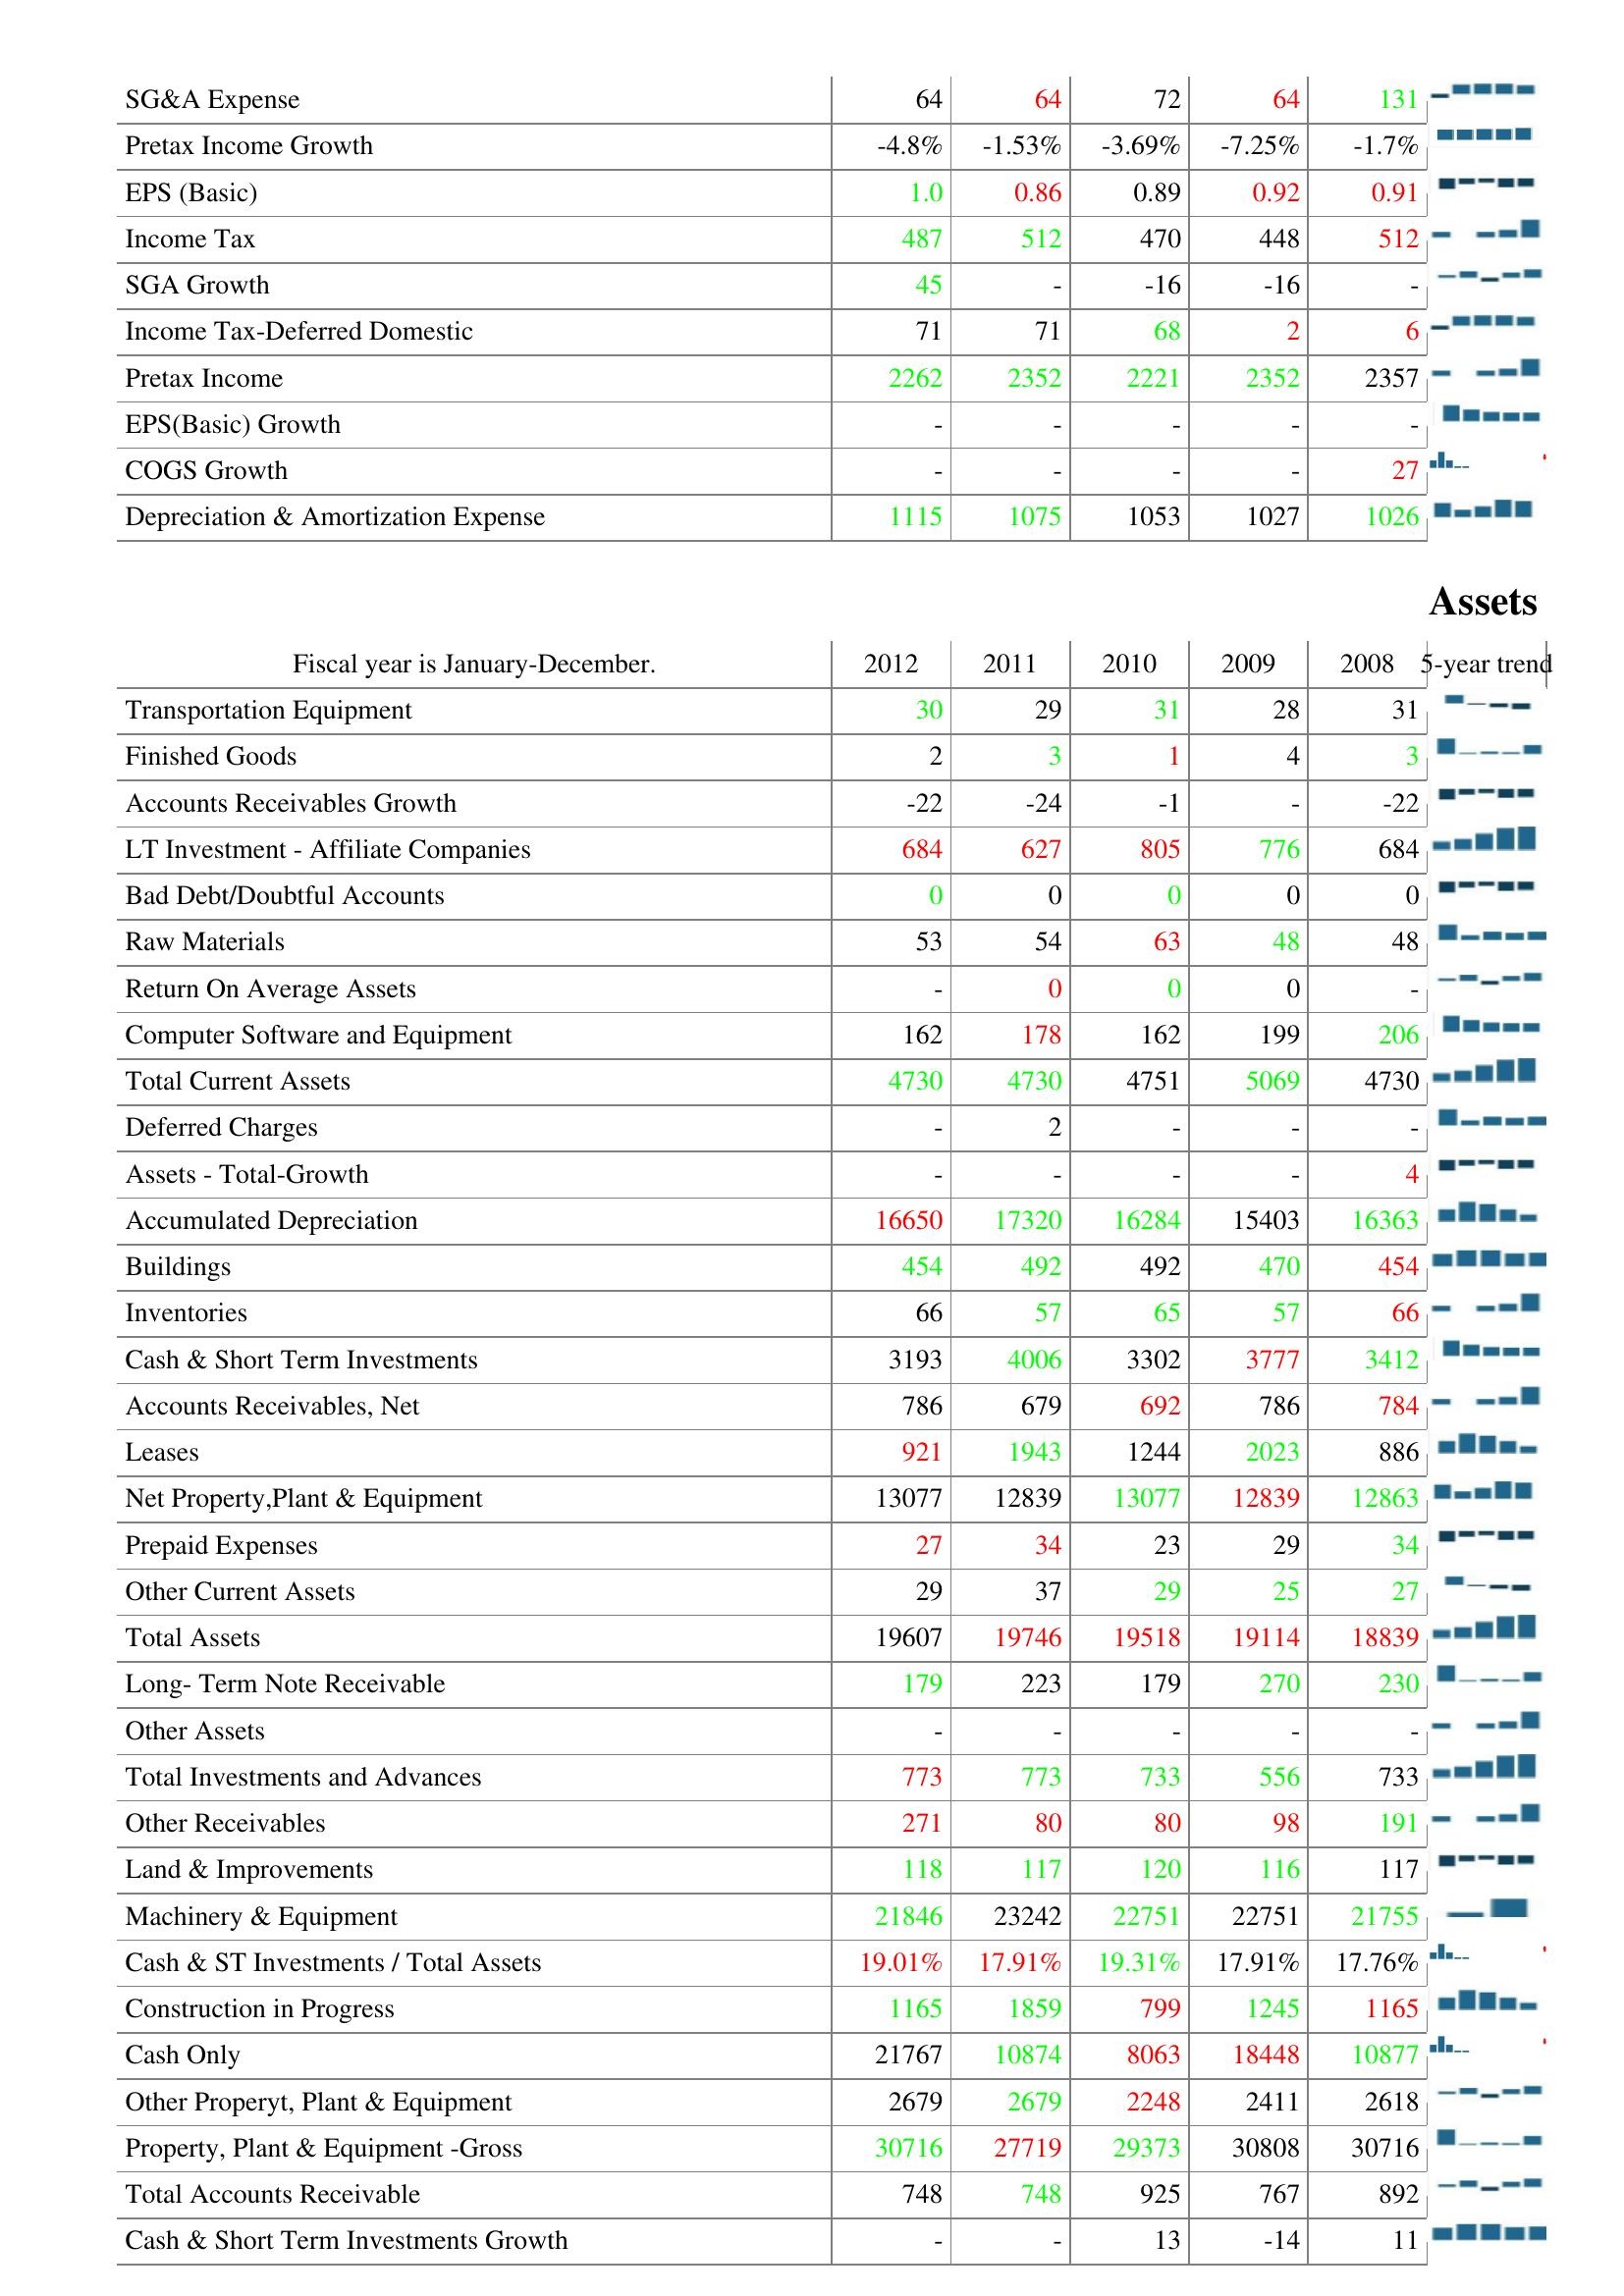
2012: : SG&A Expense: 64
Pretax Income Growth: -4.8%
EPS (Basic): 1.0
Income Tax: 487
SGA Growth: 45
Income Tax-Deferred Domestic: 71
Pretax Income: 2262
EPS(Basic) Growth: -
COGS Growth: -
Depreciation & Amortization Expense: 1115
Assets: Transportation Equipment: 30
Finished Goods: 2
Accounts Receivables Growth: -22
LT Investment - Affiliate Companies: 684
Bad Debt/Doubtful Accounts: 0
Raw Materials: 53
Return On Average Assets: -
Computer Software and Equipment: 162
Total Current Assets: 4730
Deferred Charges: -
Assets - Total-Growth: -
Accumulated Depreciation: 16650
Buildings: 454
Inventories: 66
Cash & Short Term Investments: 3193
Accounts Receivables, Net: 786
Leases: 921
Net Property,Plant & Equipment: 13077
Prepaid Expenses: 27
Other Current Assets: 29
Total Assets: 19607
Long- Term Note Receivable: 179
Other Assets: -
Total Investments and Advances: 773
Other Receivables: 271
Land & Improvements: 118
Machinery & Equipment: 21846
Cash & ST Investments / Total Assets: 19.01%
Construction in Progress: 1165
Cash Only: 21767
Other Properyt, Plant & Equipment: 2679
Property, Plant & Equipment -Gross: 30716
Total Accounts Receivable: 748
Cash & Short Term Investments Growth: -
2011: : SG&A Expense: 64
Pretax Income Growth: -1.53%
EPS (Basic): 0.86
Income Tax: 512
SGA Growth: -
Income Tax-Deferred Domestic: 71
Pretax Income: 2352
EPS(Basic) Growth: -
COGS Growth: -
Depreciation & Amortization Expense: 1075
Assets: Transportation Equipment: 29
Finished Goods: 3
Accounts Receivables Growth: -24
LT Investment - Affiliate Companies: 627
Bad Debt/Doubtful Accounts: 0
Raw Materials: 54
Return On Average Assets: 0
Computer Software and Equipment: 178
Total Current Assets: 4730
Deferred Charges: 2
Assets - Total-Growth: -
Accumulated Depreciation: 17320
Buildings: 492
Inventories: 57
Cash & Short Term Investments: 4006
Accounts Receivables, Net: 679
Leases: 1943
Net Property,Plant & Equipment: 12839
Prepaid Expenses: 34
Other Current Assets: 37
Total Assets: 19746
Long- Term Note Receivable: 223
Other Assets: -
Total Investments and Advances: 773
Other Receivables: 80
Land & Improvements: 117
Machinery & Equipment: 23242
Cash & ST Investments / Total Assets: 17.91%
Construction in Progress: 1859
Cash Only: 10874
Other Properyt, Plant & Equipment: 2679
Property, Plant & Equipment -Gross: 27719
Total Accounts Receivable: 748
Cash & Short Term Investments Growth: -
2010: : SG&A Expense: 72
Pretax Income Growth: -3.69%
EPS (Basic): 0.89
Income Tax: 470
SGA Growth: -16
Income Tax-Deferred Domestic: 68
Pretax Income: 2221
EPS(Basic) Growth: -
COGS Growth: -
Depreciation & Amortization Expense: 1053
Assets: Transportation Equipment: 31
Finished Goods: 1
Accounts Receivables Growth: -1
LT Investment - Affiliate Companies: 805
Bad Debt/Doubtful Accounts: 0
Raw Materials: 63
Return On Average Assets: 0
Computer Software and Equipment: 162
Total Current Assets: 4751
Deferred Charges: -
Assets - Total-Growth: -
Accumulated Depreciation: 16284
Buildings: 492
Inventories: 65
Cash & Short Term Investments: 3302
Accounts Receivables, Net: 692
Leases: 1244
Net Property,Plant & Equipment: 13077
Prepaid Expenses: 23
Other Current Assets: 29
Total Assets: 19518
Long- Term Note Receivable: 179
Other Assets: -
Total Investments and Advances: 733
Other Receivables: 80
Land & Improvements: 120
Machinery & Equipment: 22751
Cash & ST Investments / Total Assets: 19.31%
Construction in Progress: 799
Cash Only: 8063
Other Properyt, Plant & Equipment: 2248
Property, Plant & Equipment -Gross: 29373
Total Accounts Receivable: 925
Cash & Short Term Investments Growth: 13
2009: : SG&A Expense: 64
Pretax Income Growth: -7.25%
EPS (Basic): 0.92
Income Tax: 448
SGA Growth: -16
Income Tax-Deferred Domestic: 2
Pretax Income: 2352
EPS(Basic) Growth: -
COGS Growth: -
Depreciation & Amortization Expense: 1027
Assets: Transportation Equipment: 28
Finished Goods: 4
Accounts Receivables Growth: -
LT Investment - Affiliate Companies: 776
Bad Debt/Doubtful Accounts: 0
Raw Materials: 48
Return On Average Assets: 0
Computer Software and Equipment: 199
Total Current Assets: 5069
Deferred Charges: -
Assets - Total-Growth: -
Accumulated Depreciation: 15403
Buildings: 470
Inventories: 57
Cash & Short Term Investments: 3777
Accounts Receivables, Net: 786
Leases: 2023
Net Property,Plant & Equipment: 12839
Prepaid Expenses: 29
Other Current Assets: 25
Total Assets: 19114
Long- Term Note Receivable: 270
Other Assets: -
Total Investments and Advances: 556
Other Receivables: 98
Land & Improvements: 116
Machinery & Equipment: 22751
Cash & ST Investments / Total Assets: 17.91%
Construction in Progress: 1245
Cash Only: 18448
Other Properyt, Plant & Equipment: 2411
Property, Plant & Equipment -Gross: 30808
Total Accounts Receivable: 767
Cash & Short Term Investments Growth: -14
2008: : SG&A Expense: 131
Pretax Income Growth: -1.7%
EPS (Basic): 0.91
Income Tax: 512
SGA Growth: -
Income Tax-Deferred Domestic: 6
Pretax Income: 2357
EPS(Basic) Growth: -
COGS Growth: 27
Depreciation & Amortization Expense: 1026
Assets: Transportation Equipment: 31
Finished Goods: 3
Accounts Receivables Growth: -22
LT Investment - Affiliate Companies: 684
Bad Debt/Doubtful Accounts: 0
Raw Materials: 48
Return On Average Assets: -
Computer Software and Equipment: 206
Total Current Assets: 4730
Deferred Charges: -
Assets - Total-Growth: 4
Accumulated Depreciation: 16363
Buildings: 454
Inventories: 66
Cash & Short Term Investments: 3412
Accounts Receivables, Net: 784
Leases: 886
Net Property,Plant & Equipment: 12863
Prepaid Expenses: 34
Other Current Assets: 27
Total Assets: 18839
Long- Term Note Receivable: 230
Other Assets: -
Total Investments and Advances: 733
Other Receivables: 191
Land & Improvements: 117
Machinery & Equipment: 21755
Cash & ST Investments / Total Assets: 17.76%
Construction in Progress: 1165
Cash Only: 10877
Other Properyt, Plant & Equipment: 2618
Property, Plant & Equipment -Gross: 30716
Total Accounts Receivable: 892
Cash & Short Term Investments Growth: 11